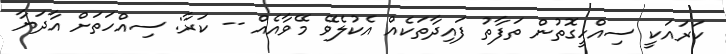
ކަރައަކީ ސިއްހީގޮތުން ތަފާތު ފައިދާތަކެއް އެކުލެވޭ މޭވާއެއް -- ކަރާ: ސިއްހަތަށް އާދަޔާ